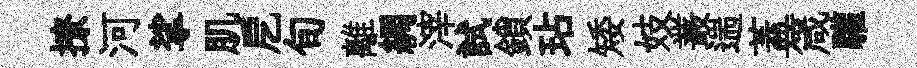
撩河挲肌戹旬離綢滓試鎖玷矮妓叢遄蓋箴驩